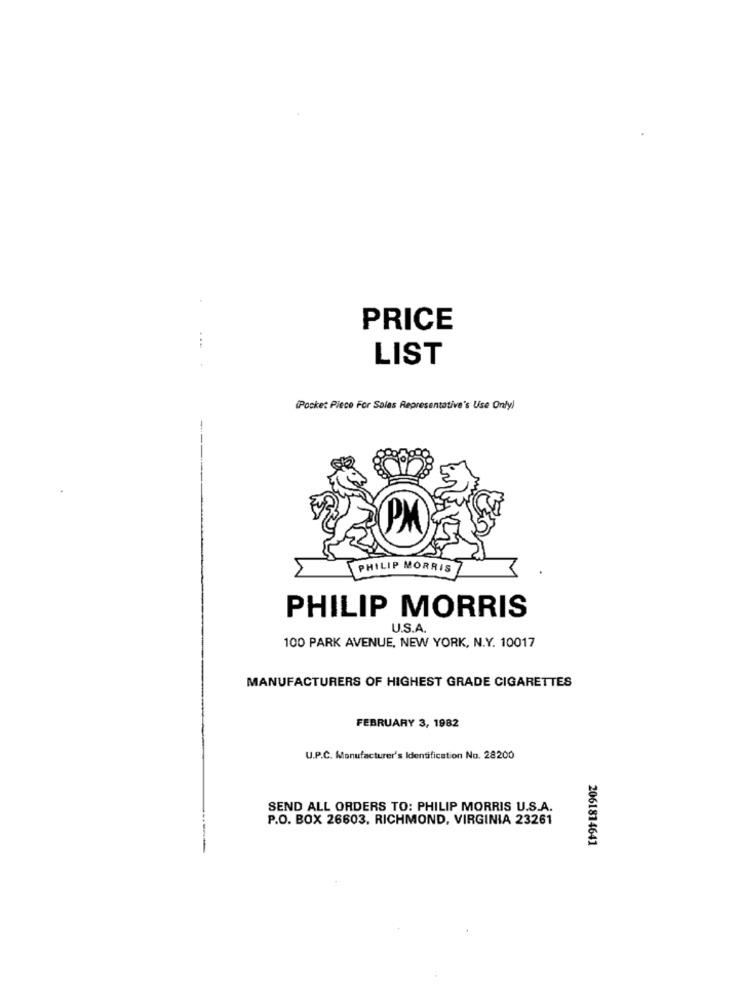
PRICE
LIST
(Pocket Piece For Sales Representative's Use Only)
PM
PHILIP MORRIS
PHILIP MORRIS
U.S.A.
100 PARK AVENUE, NEW YORK, N.Y. 10017
MANUFACTURERS OF HIGHEST GRADE CIGARETTES
FEBRUARY 3, 1982
U.P.C. Manufacturer's Identification No. 28200
SEND ALL ORDERS TO: PHILIP MORRIS U.S.A.
P.O. BOX 26603, RICHMOND, VIRGINIA 23261
2061814641